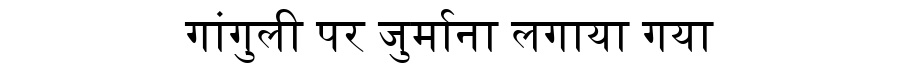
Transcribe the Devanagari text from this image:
गांगुली पर जुर्माना लगाया गया